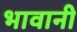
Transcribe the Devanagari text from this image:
भावानी